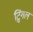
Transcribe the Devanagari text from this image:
ट्विंगल